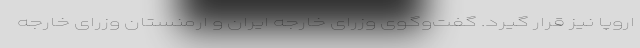
اروپا نیز قرار گیرد. گفت‌وگوی وزرای خارجه ایران و ارمنستان وزرای خارجه